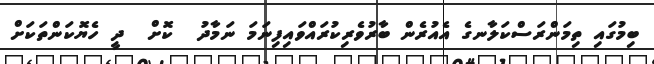
ބިމުގައި ތިމަންރަސްކަލާނގެ އެއުރެން ބާރުވެރިކުރައްވައިފިނަމަ ނަމާދު  ކޮށް  ދީ ހެޔޮކަންތަކަށް